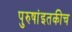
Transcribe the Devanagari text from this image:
पुरुषांइतकीच